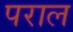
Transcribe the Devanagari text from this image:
पराल